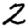
Digit: 2